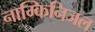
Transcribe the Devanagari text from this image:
नाम्किनिजल